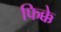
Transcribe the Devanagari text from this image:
फिक्के